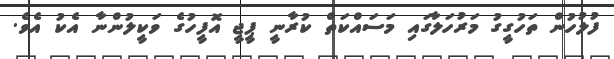
ފުލުހުން ތަހުގީގު މަރުހަލާގައި މަސައްކަތް ކުރާނީ ޕީޖީ އޮފީހުގެ ވަކީލުންނާ އެކު އެވެ.